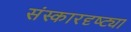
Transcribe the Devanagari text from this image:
संस्कारदृष्ट्या